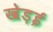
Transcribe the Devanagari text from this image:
खेड़ई